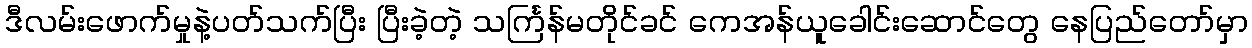
ဒီလမ်းဖောက်မှုနဲ့ပတ်သက်ပြီး ပြီးခဲ့တဲ့ သင်္ကြန်မတိုင်ခင် ကေအန်ယူခေါင်းဆောင်တွေ နေပြည်တော်မှာ